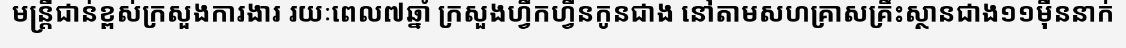
មន្ត្រីជាន់ខ្ពស់ក្រសួងការងារ រយៈពេល៧ឆ្នាំ ក្រសួងហ្វឹកហ្វឺនកូនជាង នៅតាមសហគ្រាសគ្រឹះស្ថានជាង១១ម៉ឺននាក់